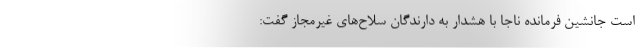
است جانشین فرمانده ناجا با هشدار به دارندگان سلاح‌های غیرمجاز گفت: